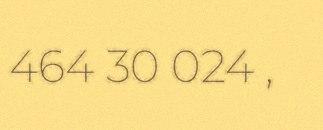
464 30 024 ,